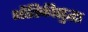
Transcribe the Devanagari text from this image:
भौतिकीसुद्धा